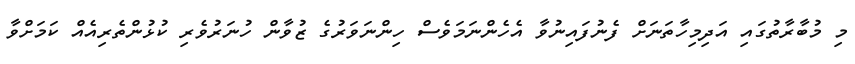
މި މުބާރާތުގައި އަދިމިހާތަނަށް ފެނުފައިނުވާ އެހެންނަމަވެސް ހިންނަވަރުގެ ޒުވާން ހުނަރުވެރި ކުޅުންތެރިއެއް ކަމަށްވާ